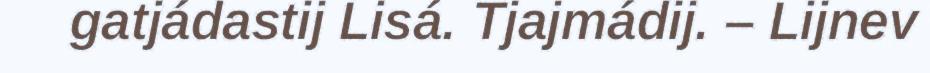
gatjádastij Lisá. Tjajmádij. – Lijnev